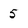
Character: 5